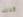
كذلك